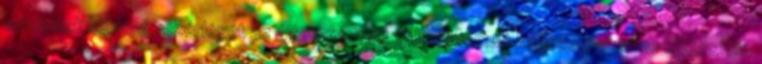
amelynek könnyű vezérlését az újratervezett GUI kifinomult kapcsoló-üzeme biztosítja.